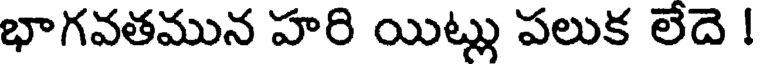
భాగవతమున హరి యిట్లు పలుక లేదె !